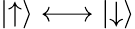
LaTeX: |{\uparrow}\rangle\longleftrightarrow|{\downarrow}\rangle